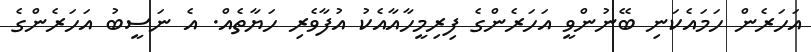
އަހަރެން ހަމައެކަނި ބޭނުންވީ އަހަރެންގެ ފިރިމީހާއާއެކު އުފާވެރި ހަޔާތެއް. އެ ނަސީބު އަހަރެންގެ